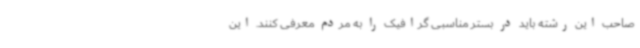
صاحب این رشته باید در بستر مناسبی گرافیک را به مردم معرفی کنند. این